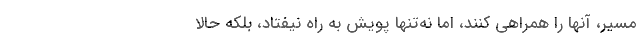
مسیر، آنها را همراهی کنند، اما نه‌تنها پویش به راه نیفتاد، بلکه حالا